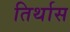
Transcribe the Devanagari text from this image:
तिर्थास